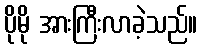
ပိုမို အားကြီးလာခဲ့သည်။